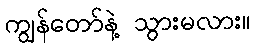
ကျွန်တော်နဲ့ သွားမလား။